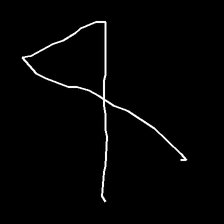
Glyph: collection